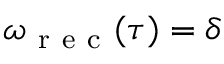
\omega _ { \mathrm { ~ r ~ e ~ c ~ } } ( \tau ) = \delta